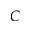
C